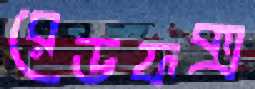
রেডফক্স